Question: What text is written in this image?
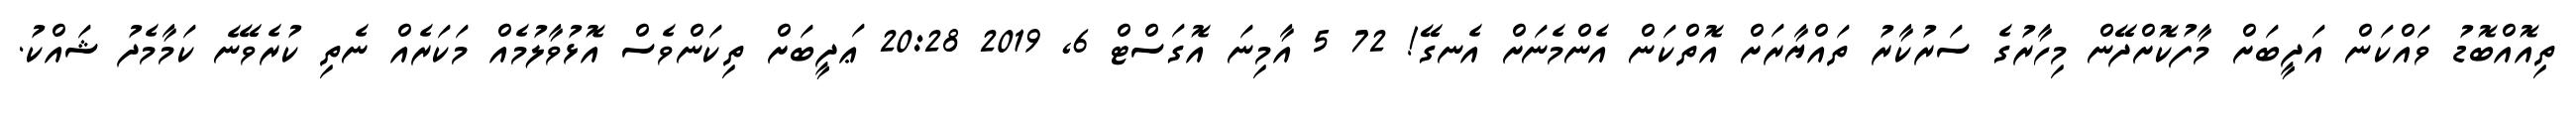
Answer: ތިއޮއްބޮޑު ވައްކަން އަދީބަށް މާފުކޮށްދޭން މިހާރުގެ ސަރުކާރު ތައްޔާރަށް އޮތްކަން އެންމެނަށް އެނގޭ! 72 5 އާމިނަ އޮގަސްޓް 6, 2019 20:28 ޢަދީބަށް ތިކަންވެސް އޮޅުވާލުމެއް މަކަރެއް ނެތި ކުރެވޭނެ ކަމާމެދު ޝައްކު.